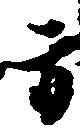
方